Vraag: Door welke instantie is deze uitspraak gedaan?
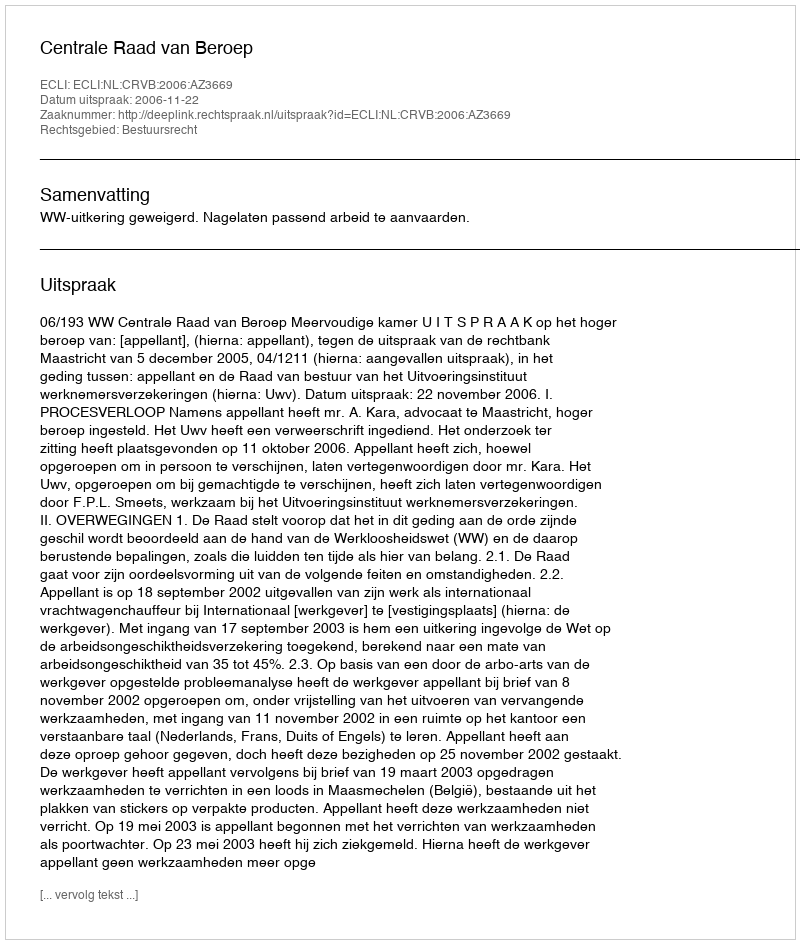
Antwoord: Centrale Raad van Beroep